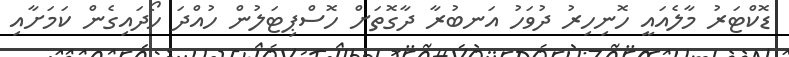
ޑޮކްޓަރު މާލެއައީ ހޮނިހިރު ދުވަހު އަނބުރާ ދާގޮތަށް ހޮސްޕިޓަލުން ހުއްދަ ހޯދައިގެން ކަމަށާއި